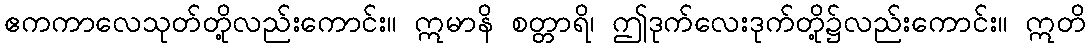
ဧကကာလေသုတ်တို့လည်းကောင်း။ ဣမာနိ စတ္တာရိ၊ ဤဒုက်လေးဒုက်တို့၌လည်းကောင်း။ ဣတိ